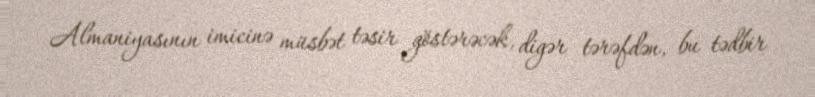
Almaniyasının imicinə müsbət təsir göstərəcək, digər tərəfdən, bu tədbir